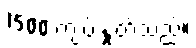
1500 ကျပ် နှုတ်သည်။